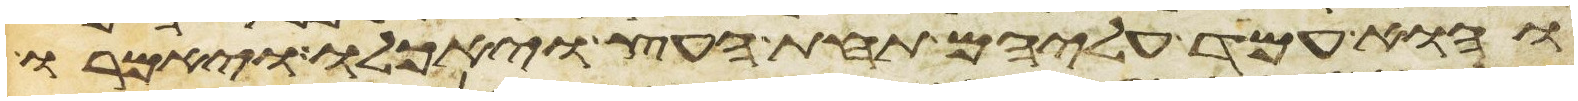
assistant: והוא עמד עליהם תחת העץ ויאכלו ויאמרו